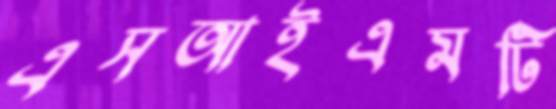
এসআইএমটি